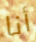
أنا